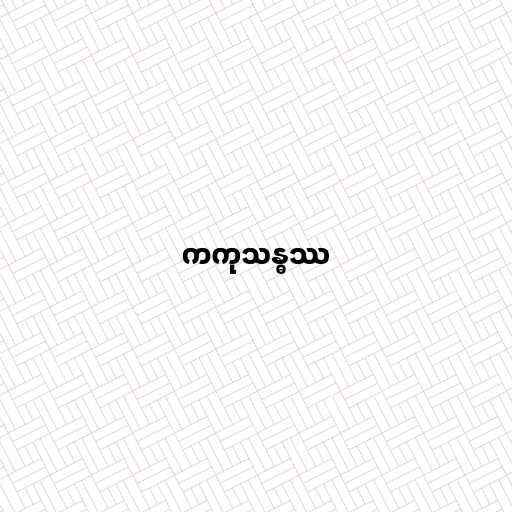
ကကုသန္ဓဿ